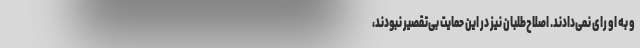
و به او رای نمی‌دادند. اصلاح‌طلبان نیز در این حمایت بی‌تقصیر نبودند،